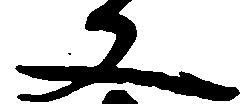
文